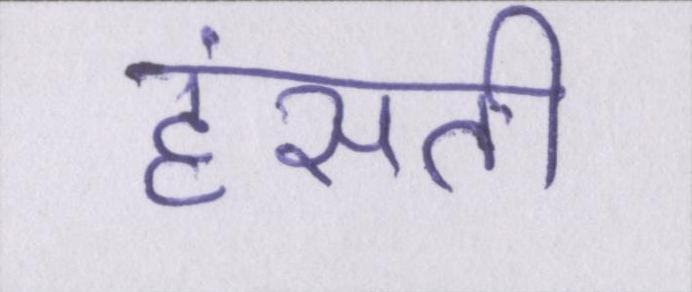
हंसती